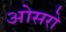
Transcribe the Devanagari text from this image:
ओसरो